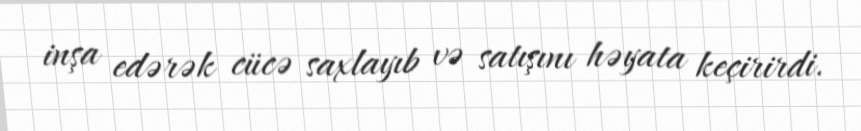
inşa edərək cücə saxlayıb və satışını həyata keçirirdi.